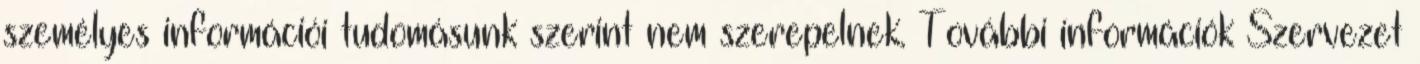
személyes információi tudomásunk szerint nem szerepelnek. További információk Szervezet